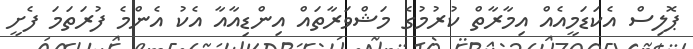
ޕޮލިސް އެކަޑަމީއެއް އިމާރާތް ކުރުމުގެ މަޝްވަރާތައް އިންޑިއާއާ އެކު އެންމެ ފުރަތަމަ ފެށީ